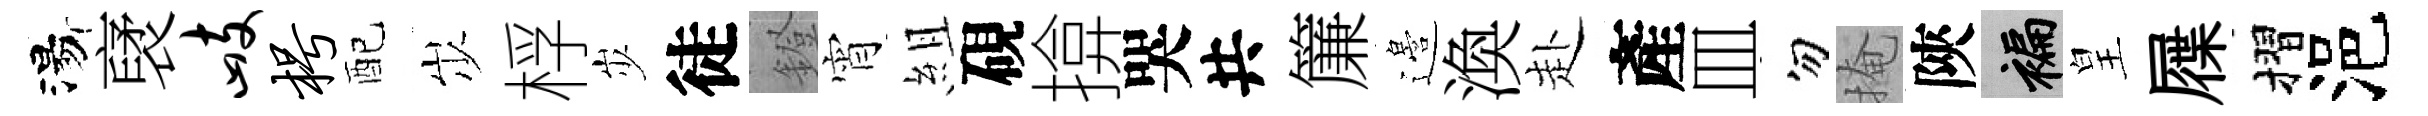
湯裦峙枵配𡵯桴𡵯徒鐙宵組硯揜哭共簾邉渙赴產皿勿掩陝褊皇屧摺浥